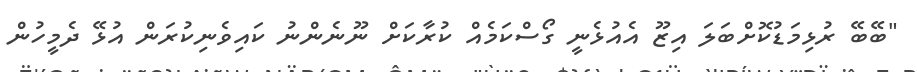
"ބޭބޭ ރުޅިމަޑުކޮށްބަލަ އިޒޫ އެއުޅެނީ ގޯސްކަމެއް ކުރާކަށް ނޫނެންނު ކައިވެނިކުރަން އުޅޭ ދެމީހުން